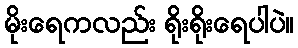
မိုးရေကလည်း ရိုးရိုးရေပါပဲ။